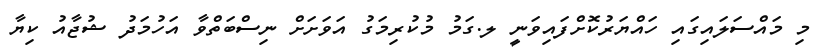
މި މައްސަލައިގައި ހައްޔަރުކޮށްފައިވަނީ ލ.ގަމު މުކުރިމަގު އަވަށަށް ނިސްބަތްވާ އަހުމަދު ޝުޖާއު ކިޔާ